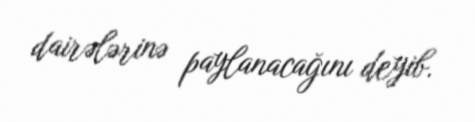
dairələrinə paylanacağını deyib.